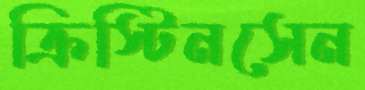
ক্রিস্টিনসেন